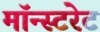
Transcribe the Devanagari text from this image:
मॉन्स्टरेट